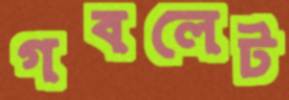
গবলেট